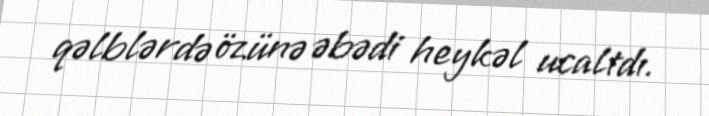
qəlblərdə özünə əbədi heykəl ucaltdı.